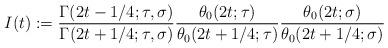
LaTeX: \begin{align*}I(t) := \frac{\Gamma(2t - 1/4; \tau, \sigma)}{\Gamma(2t + 1/4; \tau, \sigma)} \frac{\theta_0(2t; \tau)}{\theta_0(2t + 1/4; \tau)} \frac{\theta_0(2t; \sigma)}{\theta_0(2t + 1/4; \sigma)}\end{align*}